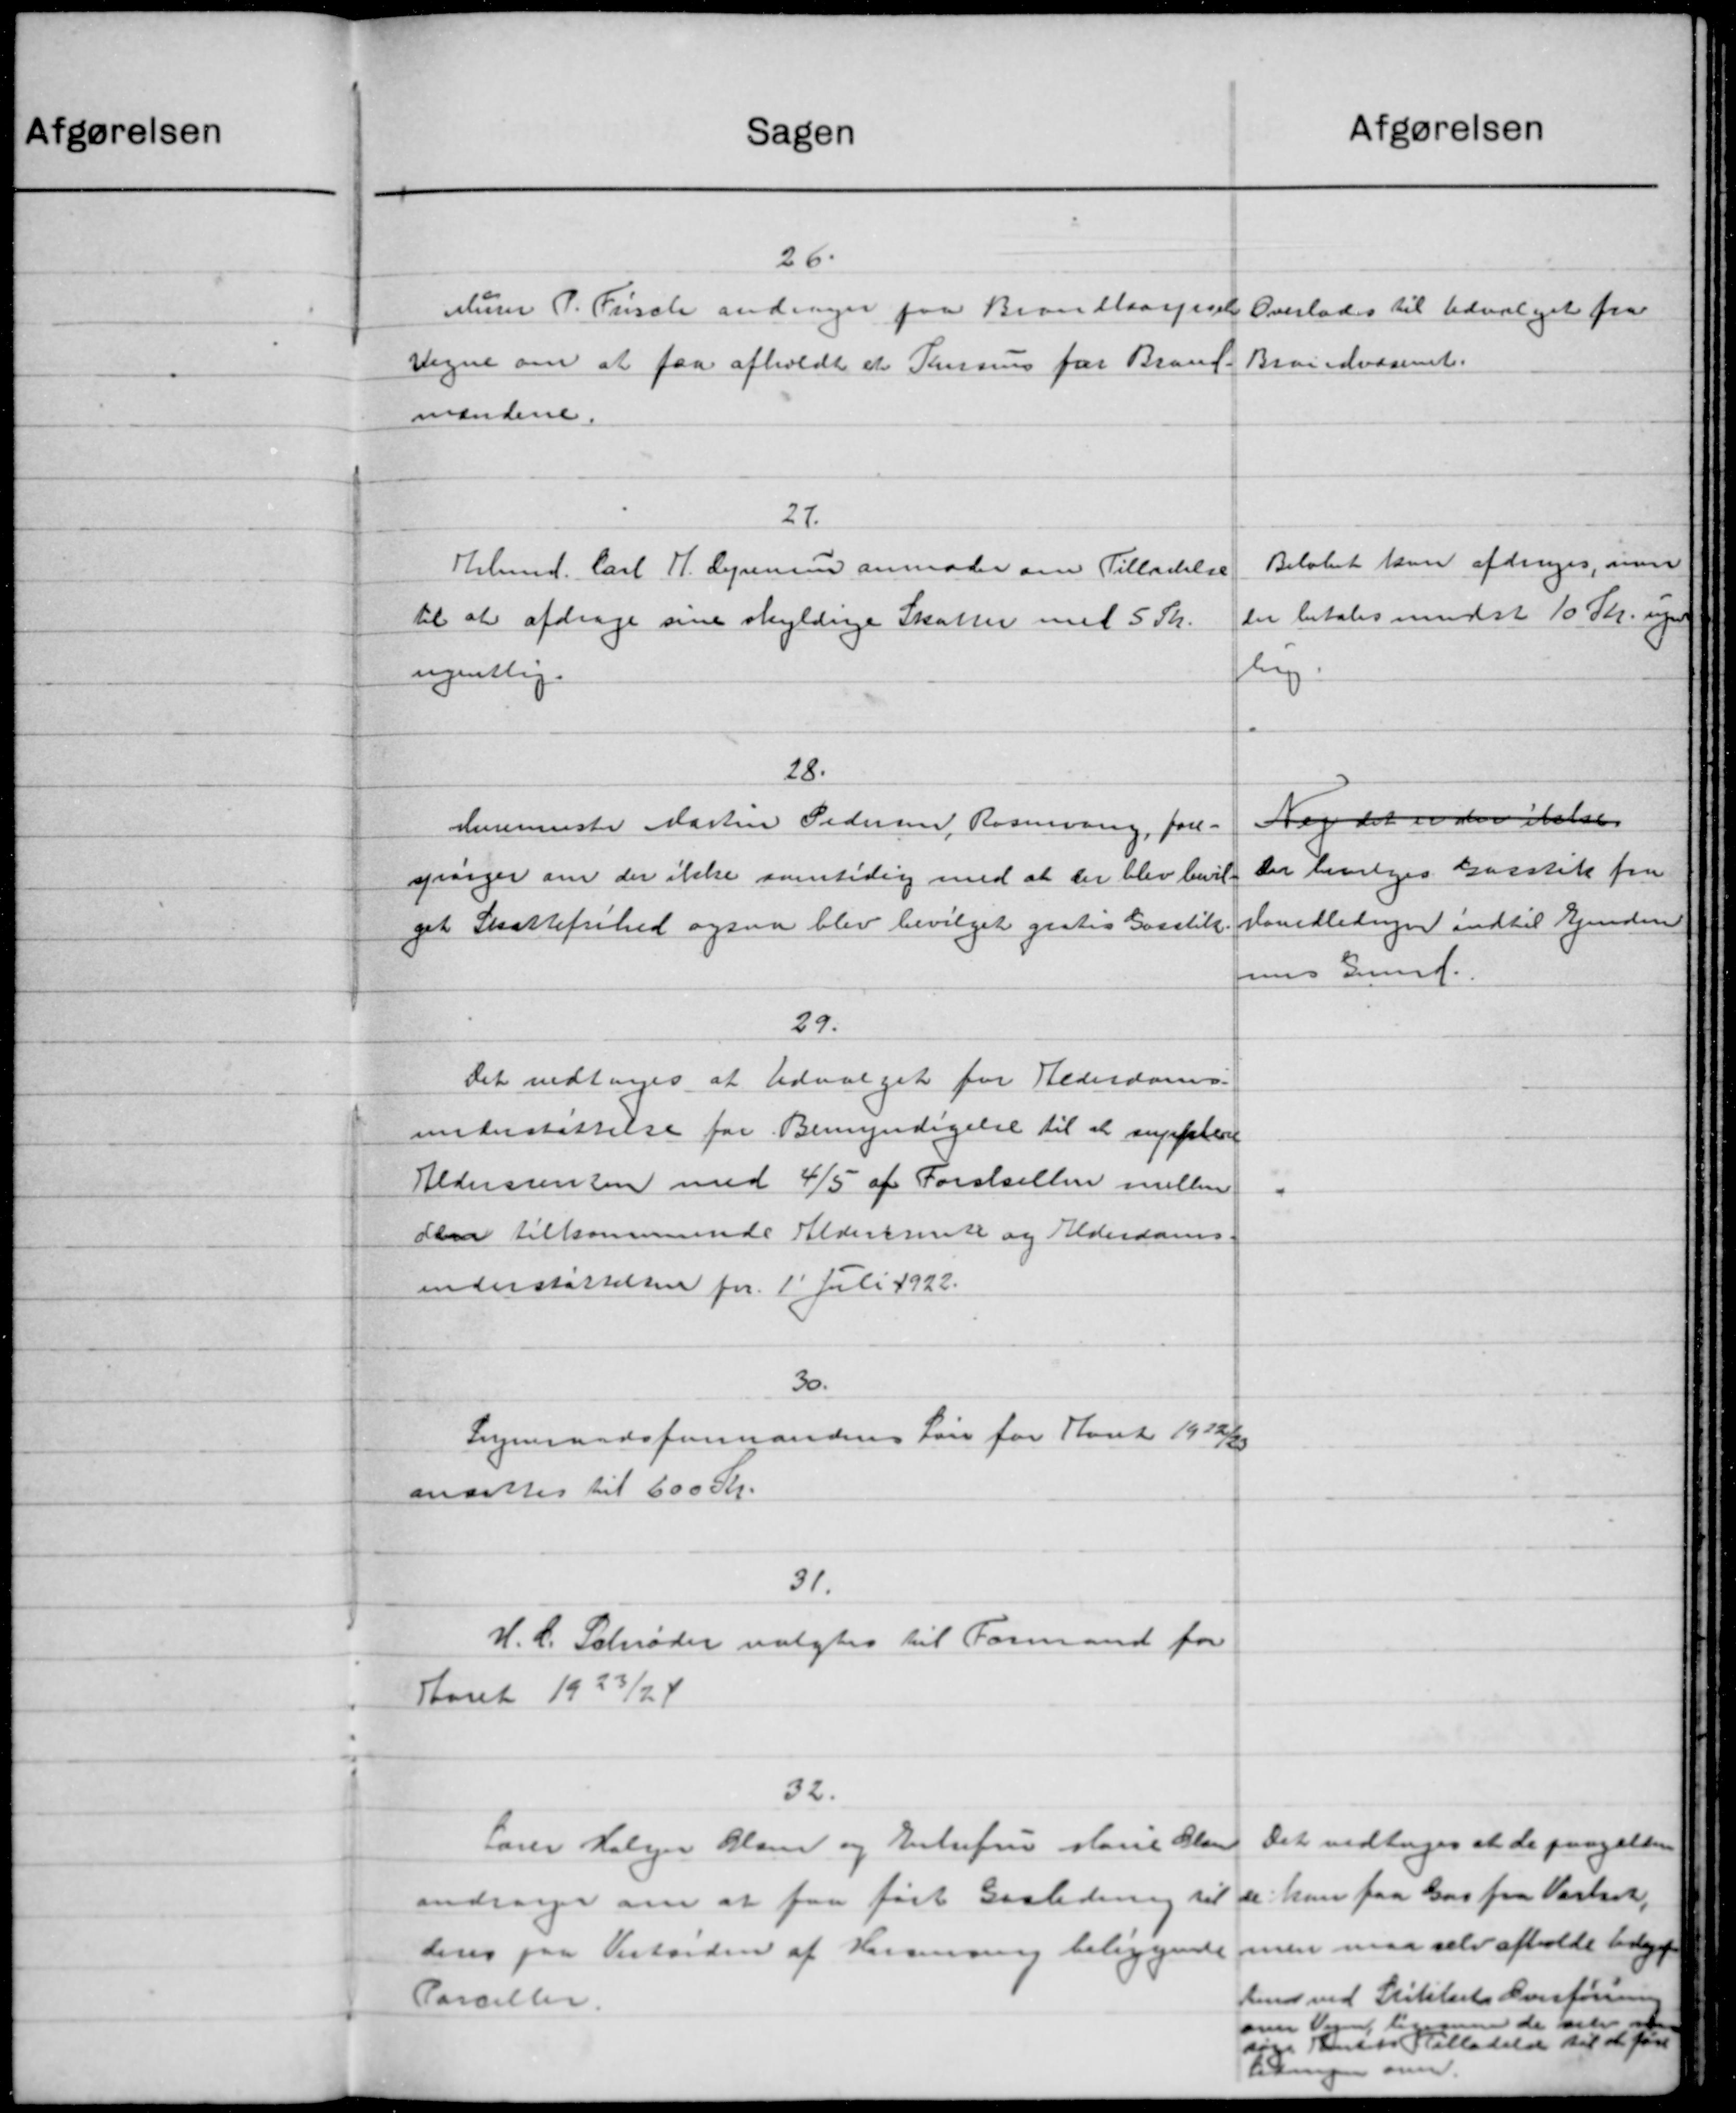
Transskription:
Sagen
26.
ur P. Fische andrager paa Brandtaarssel
regne om at faa afholdt et Tansus for Brand-
mændene.
27.
Kbmd. Carl H. Lynenius anmoder om Tilladelse
til at afdrage sine skyldige Skatter med 5 Sk.
ugentlig.
28.
dermester Martin Pedersen Rasmusing, fore-
prørger om der ikke samtidig med at der blev bevil-
get Skattefrihed ogsaa blev bevilget gistes Gosstill.
29.
Det vedtoges at Udvalget for Alderdoms-
understøttelse for Bemyndigelse til at supplere
Aldersrenten med 4/5 af Forskellen mellem
den tilkommende Aldersrente og Alderdoms-
understøttelsen for 1' Juli 1922.
30.
Sogneraadsformandens Løn for Kant 1932/33
ansattes til 600 Kr.
31.
H.C. Schrøder valgtes til Formand for
Aaret 1923/24
32.
Lærer Holger Bland og Enkefru Marie Olsen
andrager om at faa ført Gasledning til
deres paa Vesterden af Hersenning beliggende
Parceller.